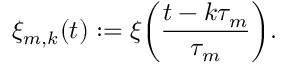
\xi _ { m , k } ( t ) : = \xi \mathopen { } \mathclose \bgroup \left( \frac { t - k \tau _ { m } } { \tau _ { m } } \aftergroup \egroup \right) .